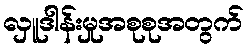
လှူဒါန်းမှုအစုစုအတွက်